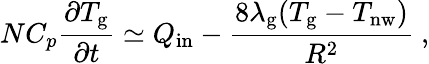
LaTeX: NC_{p}\frac{\partial T_{\mathrm{g}}}{\partial t}\simeq Q_{\mathrm{in}}-\frac{8\lambda_{\mathrm{g}}(T_{\mathrm{g}}-T_{\mathrm{nw}})}{R^{2}}\ ,